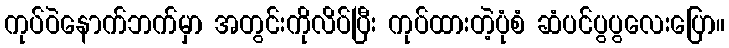
ကုပ်ဝဲနောက်ဘက်မှာ အတွင်းကိုလိပ်ပြီး ကုပ်ထားတဲ့ပုံစံ ဆံပင်ပွပွလေးပြော။